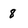
Character: 8